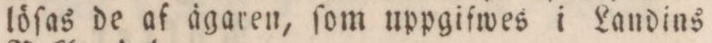
löſas de af ägaren, ſom uppgifwes i Landins